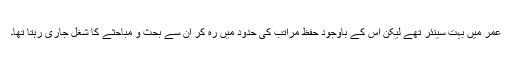
عمر میں بہت سینئر تھے لیکن اس کے باوجود حفظ مراتب کی حدود میں رہ کر ان سے بحث و مباحثے کا شغل جاری رہتا تھا۔